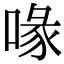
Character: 喙